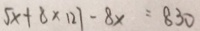
5 x + 8 \times 1 2 7 - 8 x = 8 3 0